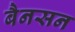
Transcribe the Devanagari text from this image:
बैनसन